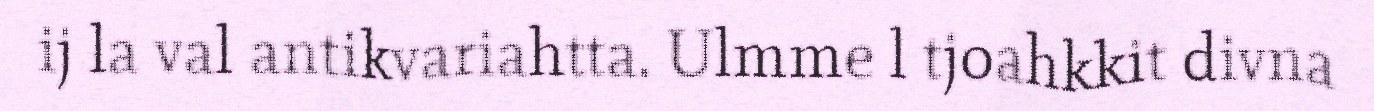
ij la val antikvariahtta. Ulmme l tjoahkkit divna